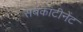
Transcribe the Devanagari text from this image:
सबकांटीनेंट